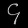
Digit: ၄